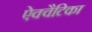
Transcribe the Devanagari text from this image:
ऐक्वैटिका